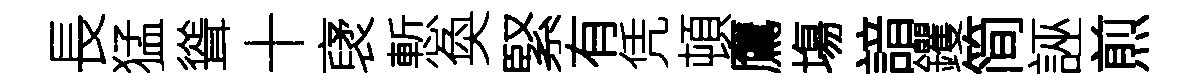
長猛聳十裦慙奐緊有凭頓鷹塲諳钁简誣煎